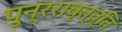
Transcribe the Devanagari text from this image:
पुन्ररावृत्त्ति